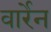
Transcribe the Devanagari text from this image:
वार्रेन